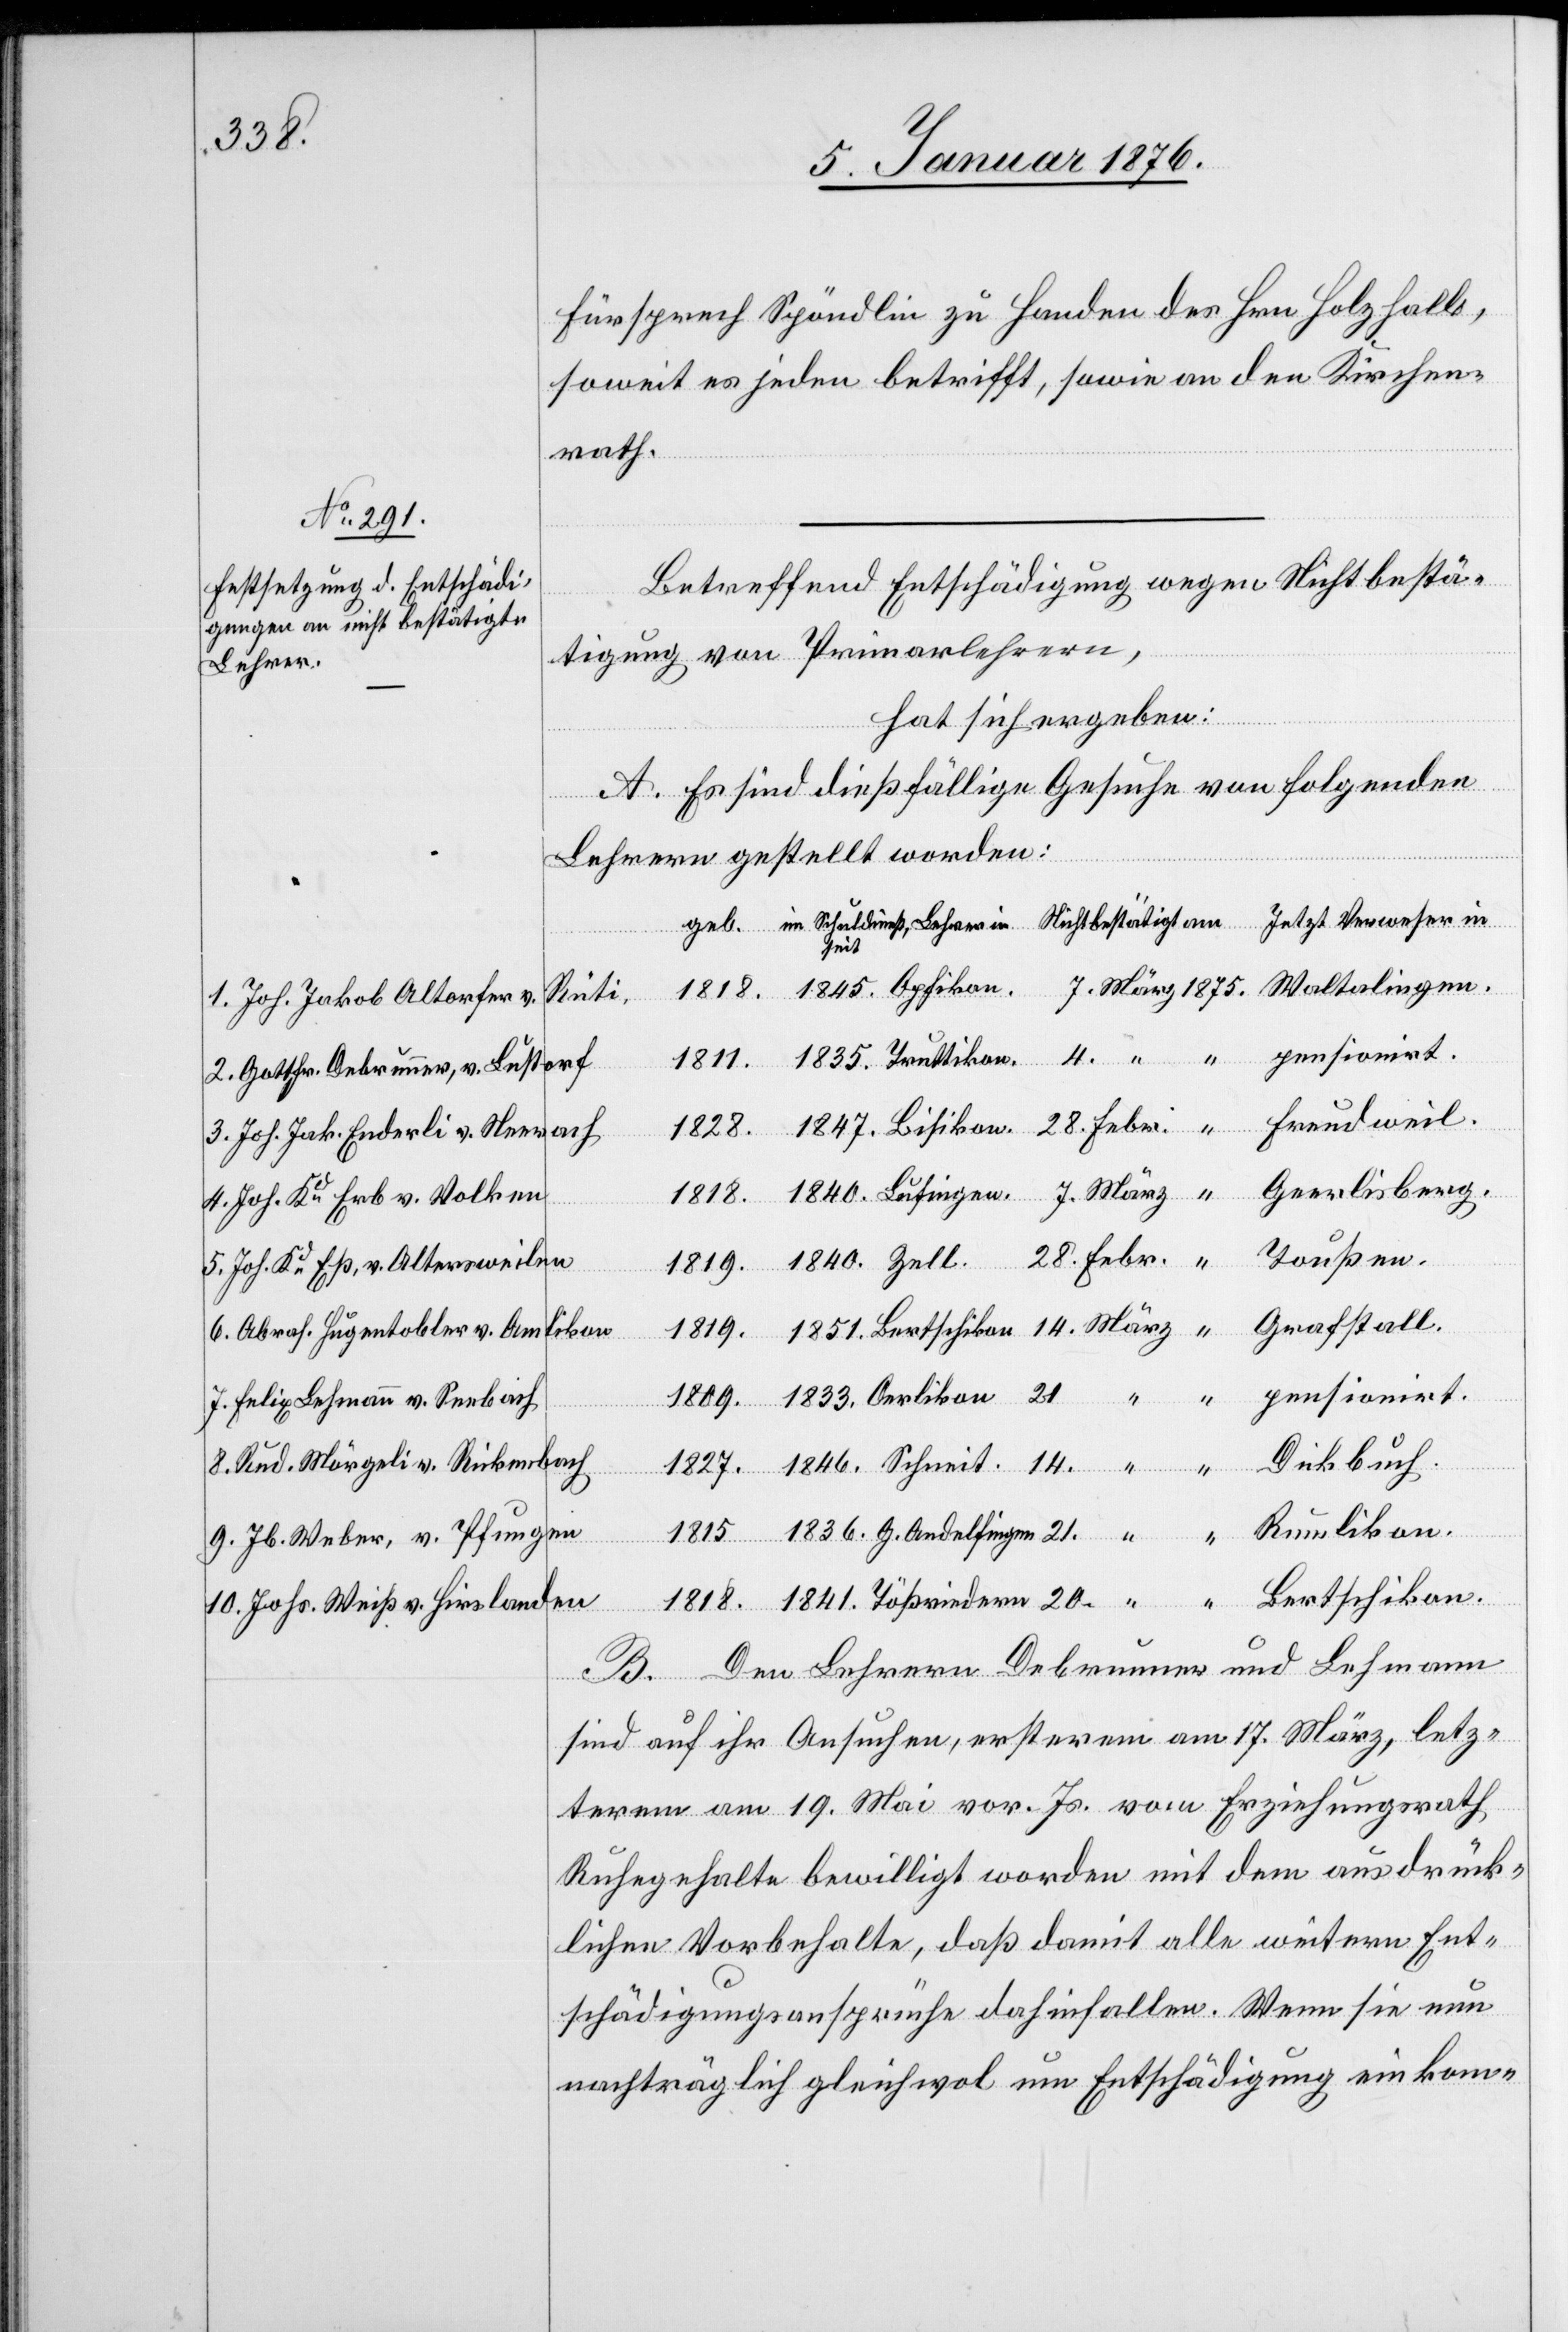
Fürsprech Spöndlin zu Handen des Hrn. Holzhalb,
soweit es jeden betritt, sowie an den Kirchen¬
rath.
Betreffend Entschädigung wegen Nichtbestä¬
tigung von Primarlehrern,
Lehrer
hat sich ergeben:
A. Es sind dießfällige Gesuche von folgenden
G.
Lehrern gestellt worden:
Jetzt Verweser in
seit
Rüti
1. Joh. Jakob Altorfer v.
pensioniert
Andelfingen
2. Gottfr. Debrunner, v. Lustorf
3. Joh. Jak. Enderli v. Neerach
4. Joh. Ru. Erb v. Volken
5. Joh. Ru. Eß, v. Altersweiler
1819
6. Abrah. Hugentobler v. Amlikon
1809
7. Felix Lehmann v. Seebach
8. Rud. Mörgeli v. Rickenbach
9. Ib. Weber, v. Pfungen
10. Johs. Weiß v. Hirslanden
B. Den Lehrern Debrunner und Lehmann
sind auf ihr Ansuchen, ersterem am 17. März, letz¬
terem am 19. Mai vor. Js. vom Erziehungsrath
Ruhegehalte bewilligt worden mit dem ausdrück¬
lichen Vorbehalte, daß damit alle weiteren Ent¬
schädigungsansprüche dahinfallen. Wenn sie nun
nachträglich gleichwol um Entschädigung einkom-

in